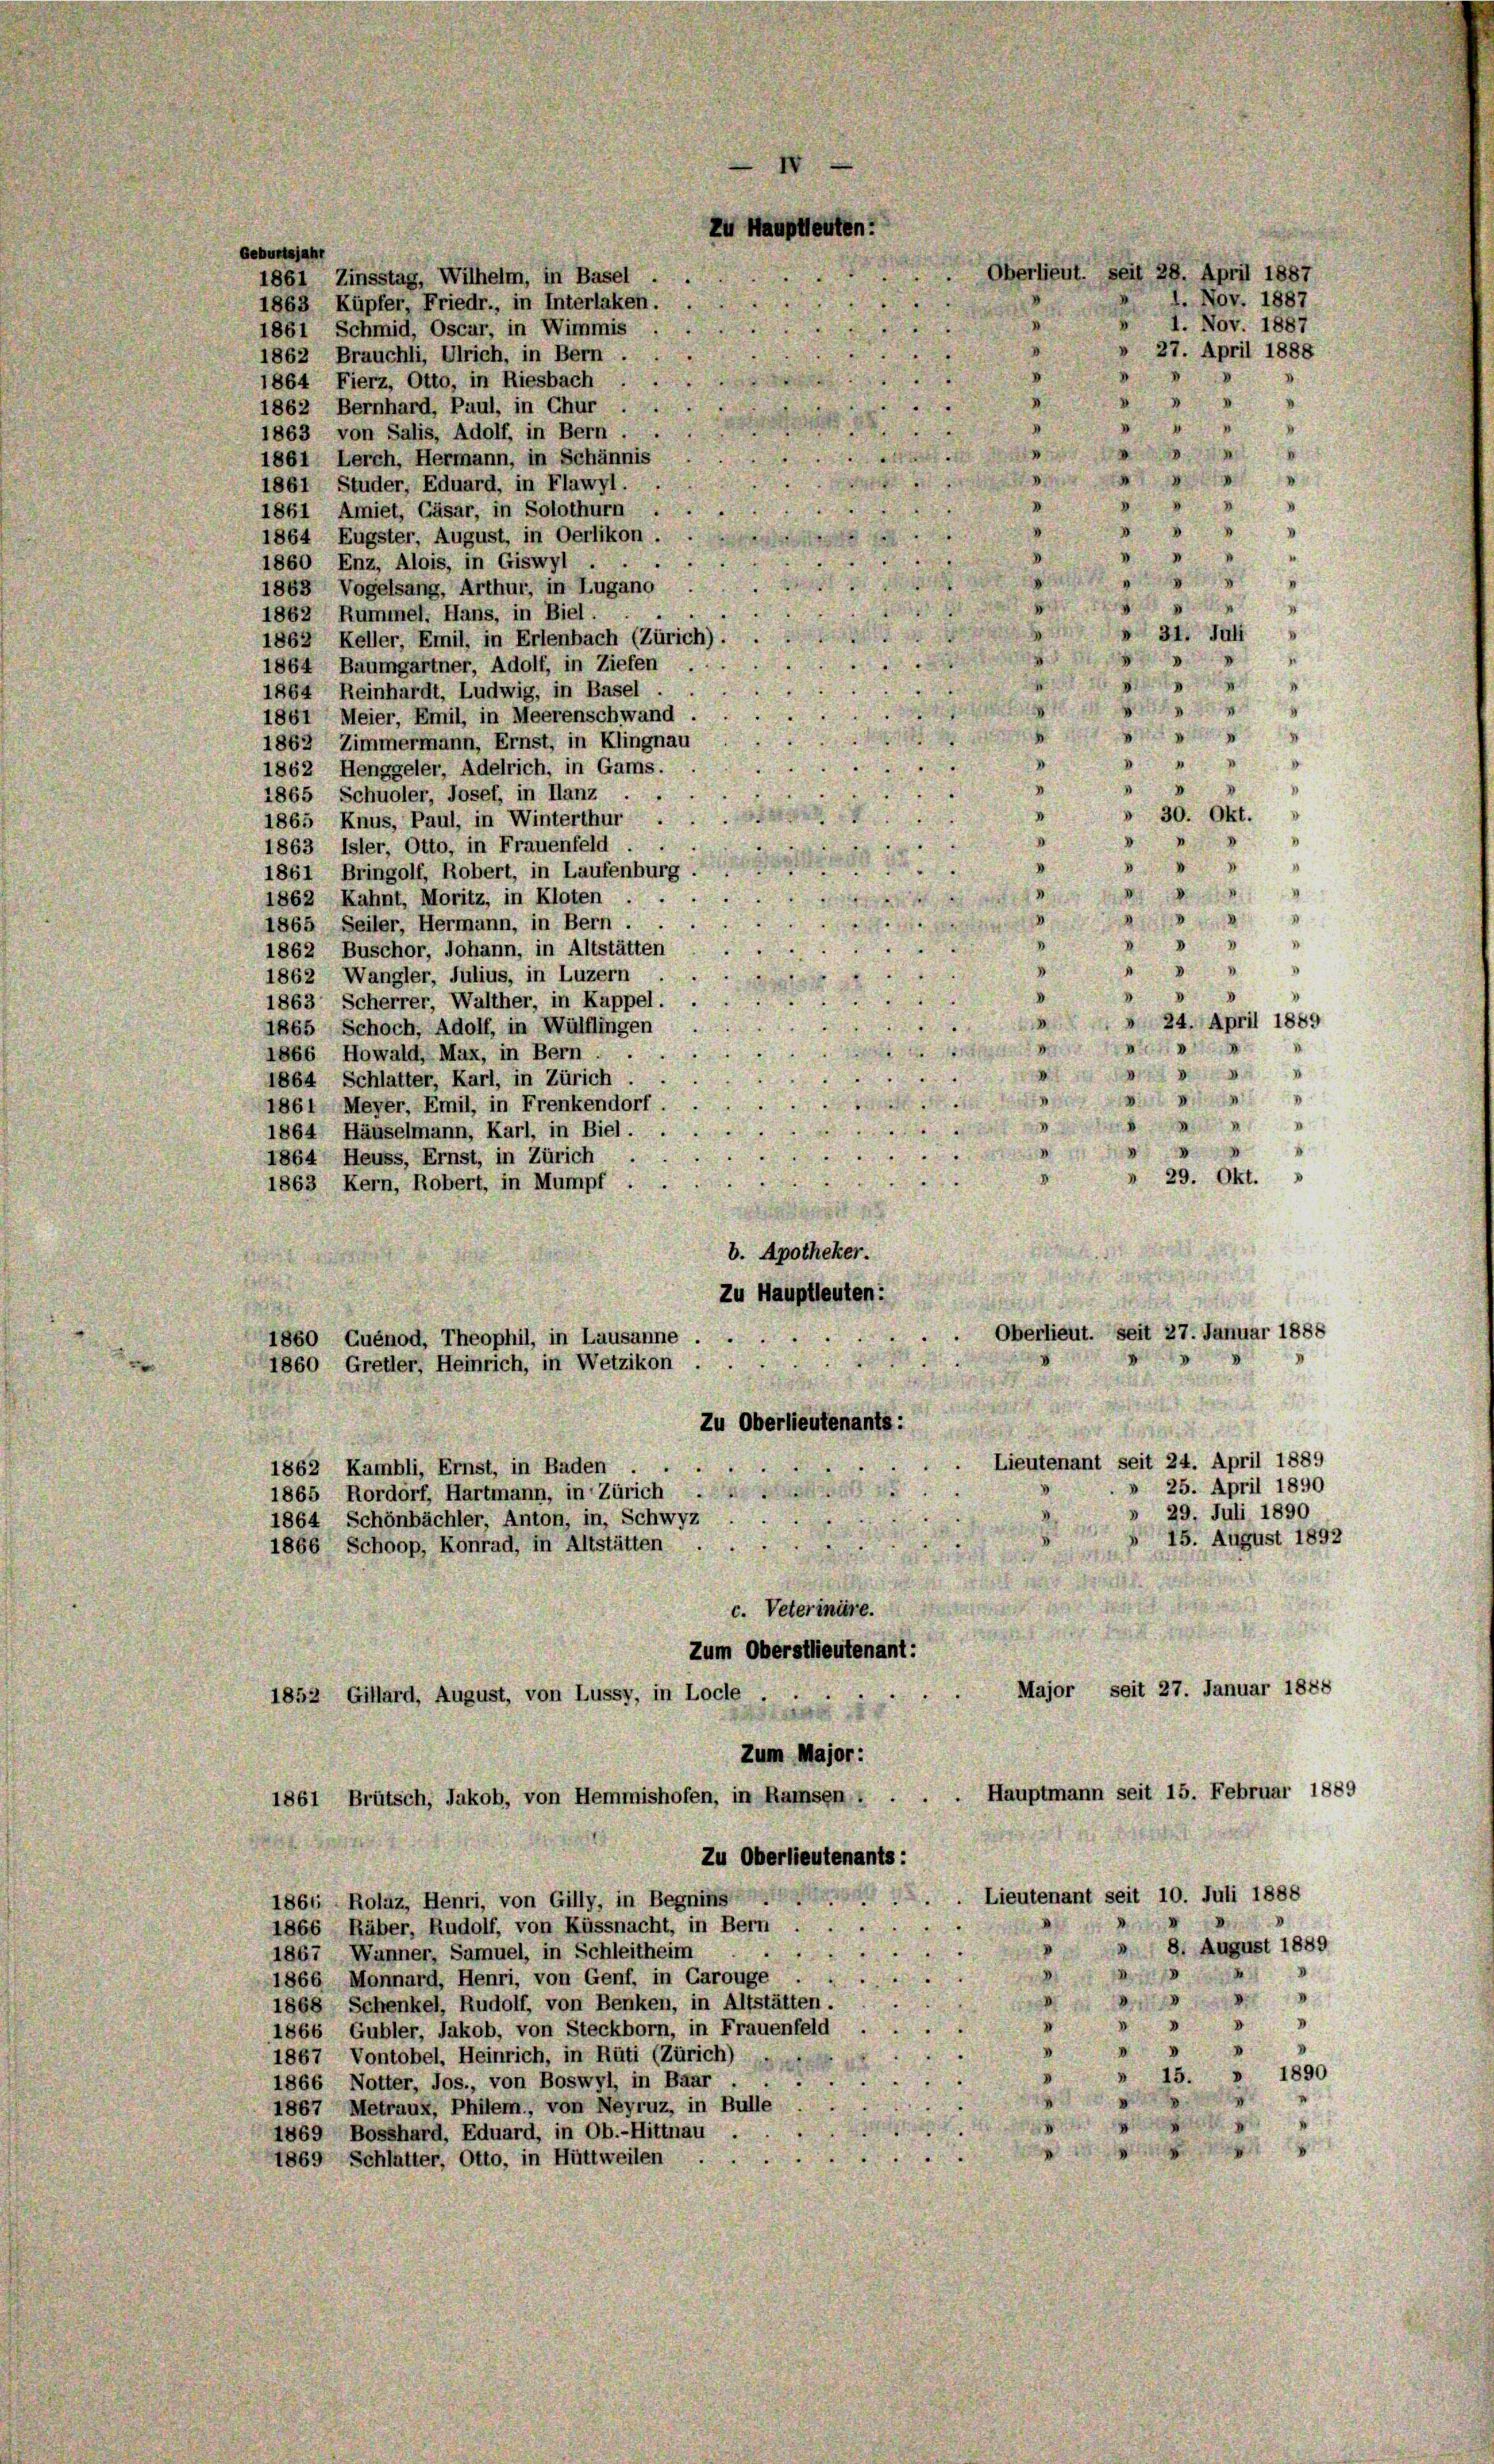
Geburtsjahr
1861 Zinsstag, Wilhelm, in Basel
1863 Küpfer, Friedr., in Interlaken.
1861 Schmid, Oscar, in Wimmis
1862 Brauchli, Ulrich, in Bern.
1864 Fierz, Otto, in Riesbach
1862 Bernhard, Paul, in Chur
1863 von Salis, Adolf, in Bern
1861 Lerch, Hermann, in Schännis
1861 Studer, Eduard, in Flawyl.
1861 Amiet, Gäsar, in Solothurn
1864 Eugster, August, in Oerlikon
1860 Enz, Alois, in Giswyl
1863 Vogelsang, Arthur, in Lugano
1862 Rummel. Hans, in Biel
31. Juli
.
1862 Keller, Emil, in Erlenbach (Zür
1864 Baumgartner, Adolf, in Ziefen
s
1864 Reinhardt, Ludwig, in Basel
g
.
1861 Meier, Emil, in Meerenschwand
1862 Zimmermann, Ernst, in Klingna
1
1862 Henggeler, Adelrich, in Gams
u
1865 Schuoler, Josef, in Ilanz
» 30. Okt.
I
1865 Knus, Paul, in Winterthur
1863 Isler, Otto, in Frauenfeld
h
4
1861 Bringolf, Robert, in Laufenbur

1862 Kahnt, Moritz, in Kloten
A m
1865 Seiler, Hermann, in Bern

1862 Buschor, Johann, in Altstätten
0
8
1862 Wangler, Julius, in Luzern
1863 Scherrer, Walther, in Kappel.
 24. April 1889
1865 Schoch, Adolf, in Wülflingen
I
.
1866 Howald, Max, in Bern.
I

1864 Schlatter, Karl, in Zürich
 817
1861 Meyer, Emil, in Frenkendorf
m
1864 Häuselmann, Karl, in Biel.
.
x
1864 Heuss, Ernst, in Zürich
29. Okt.
1863 Kern, Robert, in Mumpf
b. Apotheker.
Zu Hauptleuten:
Oberlieut. Seit 27. Januar 1888
.
e
1860 Quénod, Theophil, in Lausanne
1860 Gretler, Heinrich, in Wetzikon
Zu Oberlieutenants:
Lieutenant seit 24. April 1889
1862 Kambli, Ernst, in Baden
» 25. April 1890
1865 Rordorf, Hartmann, in Zürich ..
» 29. Juli 1890
1864 Schönbächler, Anton, in, Schwyz
 15. August 1892
1866 Schoop, Konrad, in Altstätten
c. Veterinäre.
Zum Oberstlieutenant:
Major, seit 27. Januar 1888
1852 Gillard, August, von Lussy, in Locle
Zum Major:
Hauptmann seit 15. Februar 188
1861 Brütsch, Jakob, von Hemmishofen, in Ramsen:
Zu Oberlieutenants
Lieutenant seit 10. Juli 1888
1866, Rolaz, Henri, von Gilly, in Begnins
1866 Räber, Rudolf, von Küssnacht, in Bern
» 8. August 1889
1867, Wanner, Samuel, in Schleitheim
110
1866 Monnard, Henri, von Genf, in Carouge
I
d
1868 Schenkel, Rudolf, von Benken, in Altstätten.
I
.
d
1866 Gubler, Jakob, von Steckborn, in Frauenfeld
1867 Vontobel, Heinrich, in Rüti (Zürich)
» 1890
i
15.
1866 Notter, Jos., von Boswyl, in Baar
1867 Metraux, Phitem, von Neyruz, in Bulle
1869 Bosshard, Eduard, in Ob.-Hittnau .
1869 Schlatter, Otto, in Hüttweilen .

Zu Hauptleuten:
berlieut. Seit 28. April 1887

1. Nov. 1887
1. Nov. 1887
27. April 1888

9